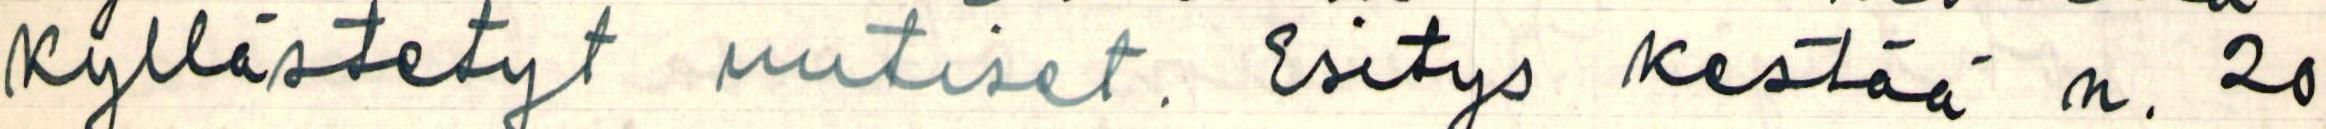
Kyllästetyt uutiset. Esitys kestää n. 20